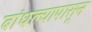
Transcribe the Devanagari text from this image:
बांधल्यापासून